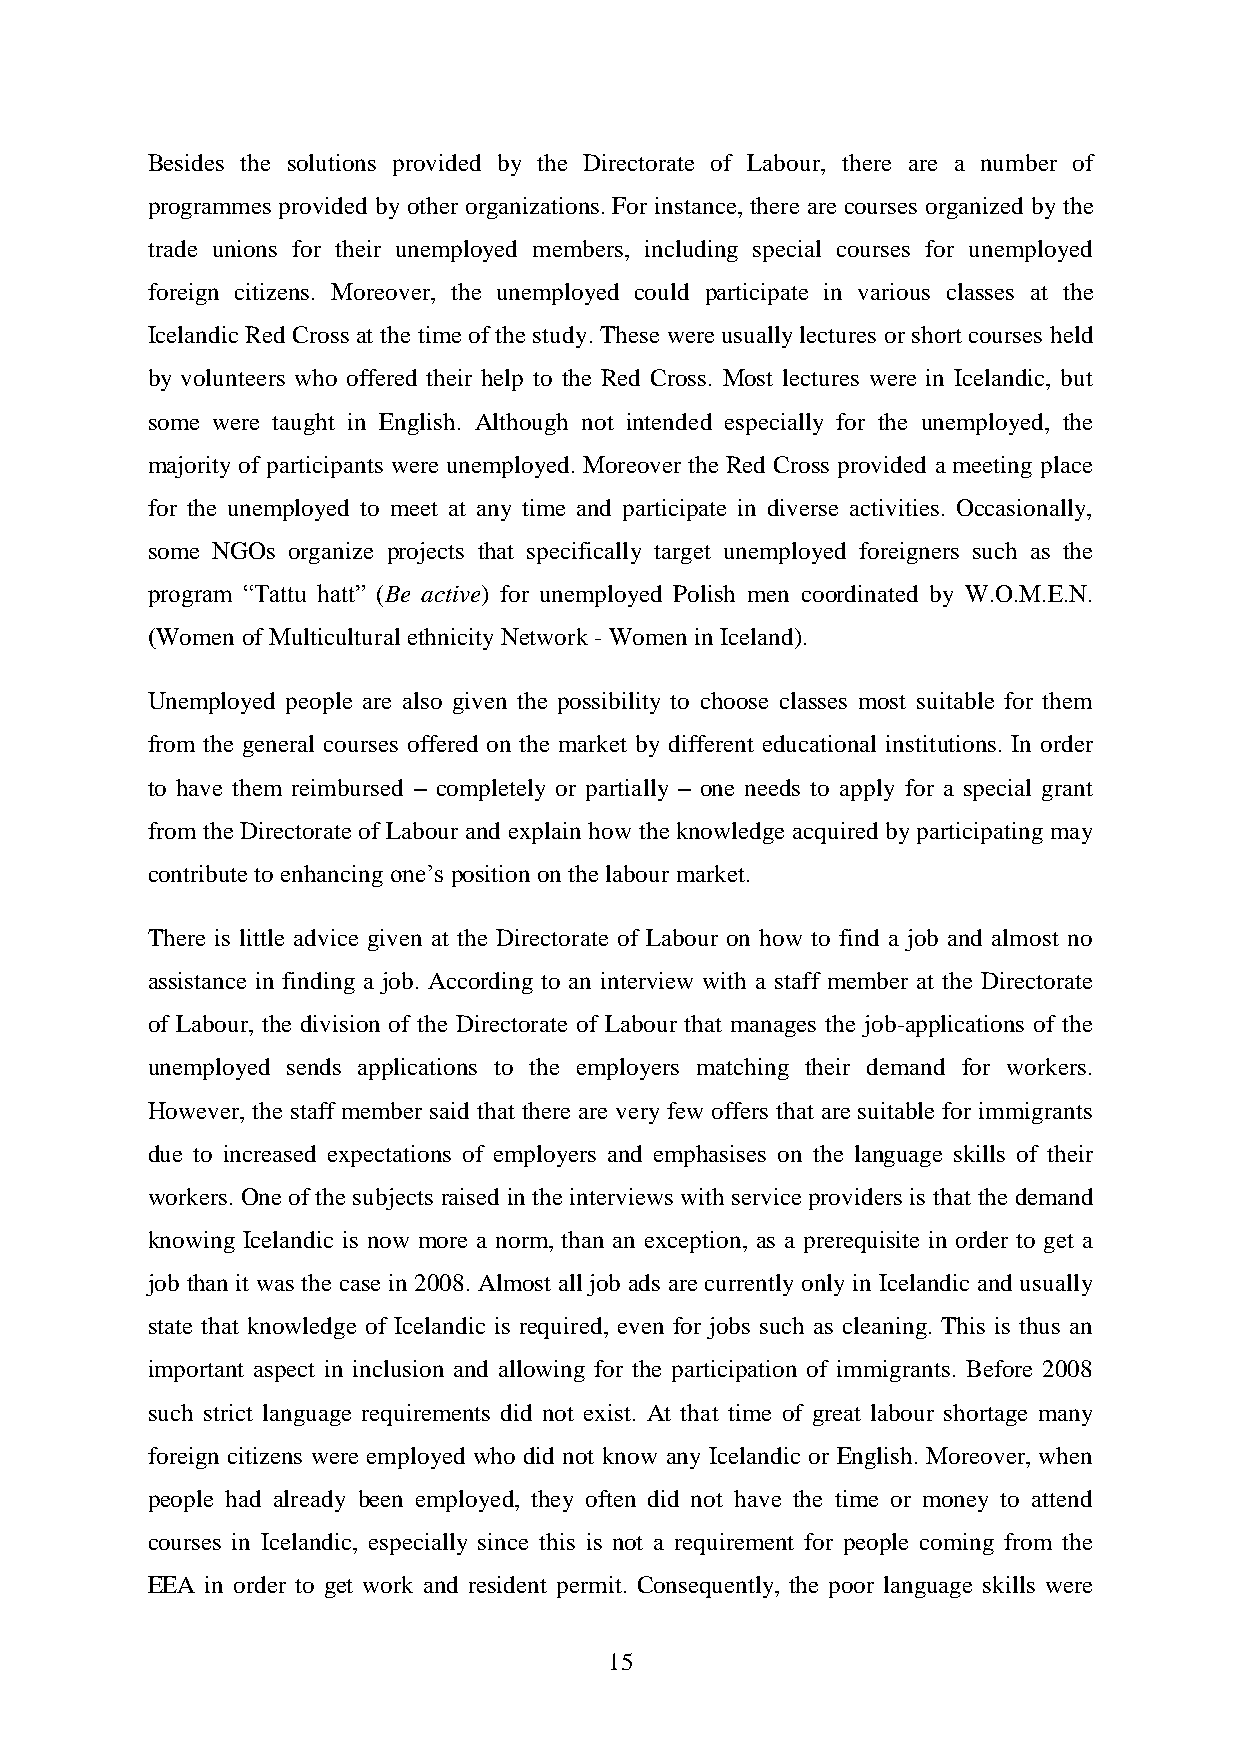
Besides the solutions provided by the Directorate of Labour, there are a number of
 programmes provided by other organizations. For instance, there are courses organized by the
 trade unions for their unemployed members, including special courses for unemployed
 foreign citizens. Moreover, the unemployed could participate in various classes at the
 Icelandic Red Cross at the time of the study. These were usually lectures or short courses held
 by volunteers who offered their help to the Red Cross. Most lectures were in Icelandic, but
 some were taught in English. Although not intended especially for the unemployed, the
 majority of participants were unemployed. Moreover the Red Cross provided a meeting place
 for the unemployed to meet at any time and participate in diverse activities. Occasionally,
 some NGOs organize projects that specifically target unemployed foreigners such as the
 program “Tattu hatt” (Be active) for unemployed Polish men coordinated by W.O.M.E.N.
 (Women of Multicultural ethnicity Network - Women in Iceland).
 Unemployed people are also given the possibility to choose classes most suitable for them
 from the general courses offered on the market by different educational institutions. In order
 to have them reimbursed – completely or partially – one needs to apply for a special grant
 from the Directorate of Labour and explain how the knowledge acquired by participating may
 contribute to enhancing one‟s position on the labour market.
 There is little advice given at the Directorate of Labour on how to find a job and almost no
 assistance in finding a job. According to an interview with a staff member at the Directorate
 of Labour, the division of the Directorate of Labour that manages the job-applications of the
 unemployed sends applications to the employers matching their demand for workers.
 However, the staff member said that there are very few offers that are suitable for immigrants
 due to increased expectations of employers and emphasises on the language skills of their
 workers. One of the subjects raised in the interviews with service providers is that the demand
 knowing Icelandic is now more a norm, than an exception, as a prerequisite in order to get a
 job than it was the case in 2008. Almost all job ads are currently only in Icelandic and usually
 state that knowledge of Icelandic is required, even for jobs such as cleaning. This is thus an
 important aspect in inclusion and allowing for the participation of immigrants. Before 2008
 such strict language requirements did not exist. At that time of great labour shortage many
 foreign citizens were employed who did not know any Icelandic or English. Moreover, when
 people had already been employed, they often did not have the time or money to attend
 courses in Icelandic, especially since this is not a requirement for people coming from the
 EEA in order to get work and resident permit. Consequently, the poor language skills were
 15